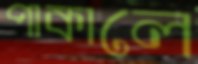
পাকালে